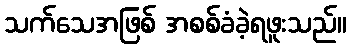
သက်သေအဖြစ် အစစ်ခံခဲ့ရဖူးသည်။